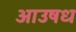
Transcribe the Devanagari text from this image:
आउषध